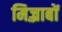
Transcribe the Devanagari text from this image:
मिज़्राबों